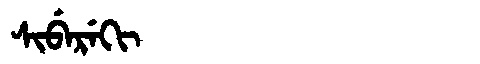
Manchu: ᠰᡳᠪᡝᡵᡝᡴᡳ
Romanization: SIBEREKI